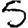
Digit: 5